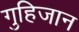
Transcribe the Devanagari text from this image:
गुहिजान